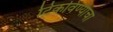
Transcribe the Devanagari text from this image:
टिकविण्याचा